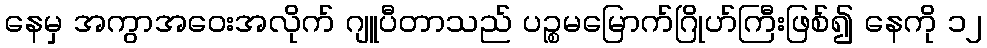
နေမှ အကွာအဝေးအလိုက် ဂျူပီတာသည် ပဉ္စမမြောက်ဂြိုဟ်ကြီးဖြစ်၍ နေကို ၁၂